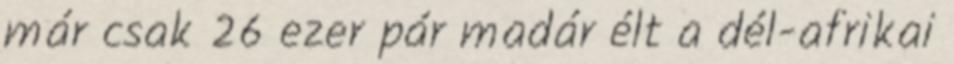
már csak 26 ezer pár madár élt a dél-afrikai